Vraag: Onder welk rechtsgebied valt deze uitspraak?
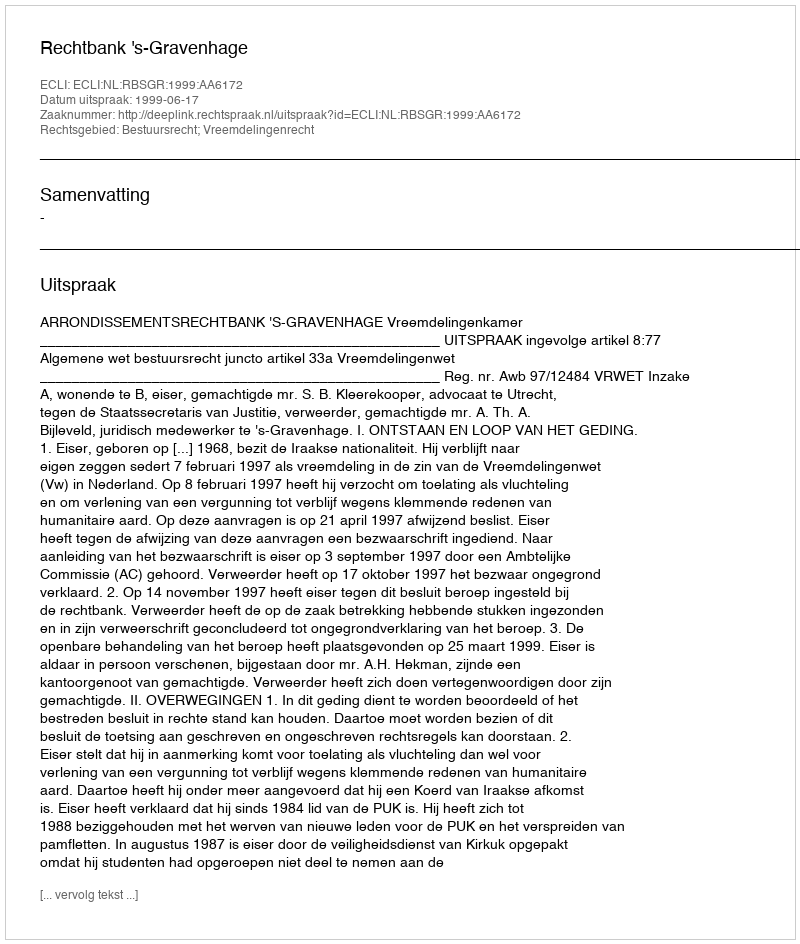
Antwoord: Bestuursrecht; Vreemdelingenrecht